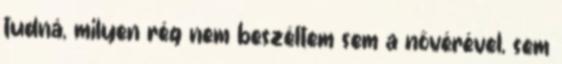
tudná, milyen rég nem beszéltem sem a nővérével, sem